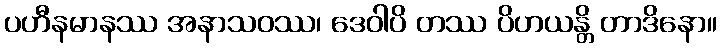
ပဟီနမာနဿ အနာသဝဿ၊ ဒေဝါပိ တဿ ပိဟယန္တိ တာဒိနော။